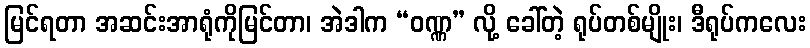
မြင်ရတာ အဆင်းအာရုံကိုမြင်တာ၊ အဲဒါက “ဝဏ္ဏ” လို့ ခေါ်တဲ့ ရုပ်တစ်မျိုး၊ ဒီရုပ်ကလေး